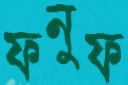
ফনুফ